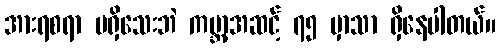
အားရစရာ မရှိသေးဘဲ ကမ္ဘာ့အဆင့် ၇၅ မှာသာ ရှိနေပါတယ်။